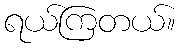
ရယ်ကြတယ်။